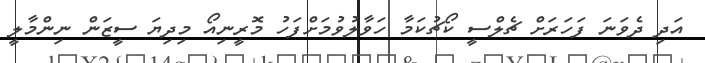
އަދި ދެވަނަ ފަހަރަށް ޗެލްސީ ކޯޗުކަމާ ހަވާލުވުމަށްފަހު މޮރީނިއޯ މިދިޔަ ސީޒަން ނިންމާލީ